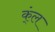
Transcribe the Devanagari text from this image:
क्ंल